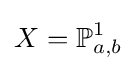
X=\mathbb {P} _{a,b}^{1}